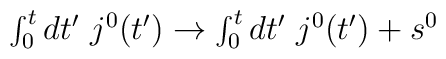
\mbox{$\int_0^tdt'~j^0(t')\to\int_0^tdt'~j^0(t')+s^0$}